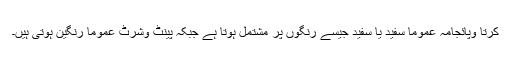
کرتا وپائجامہ عموماً سفید یا سفید جیسے رنگوں پر مشتمل ہوتا ہے جبکہ پینٹ وشرٹ عموماً رنگین ہوتی ہیں۔